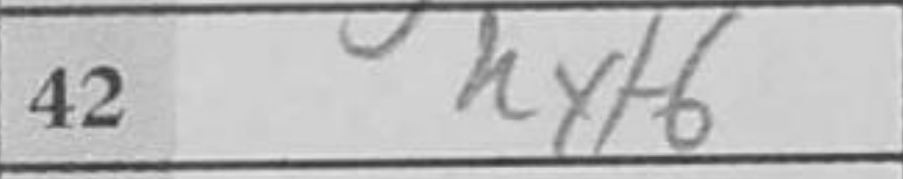
Transcription: hxf6